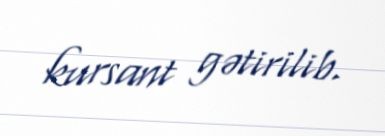
kursant gətirilib.